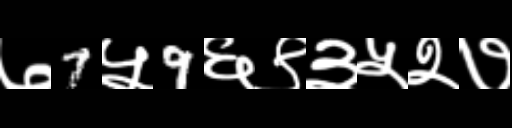
Text: ७7५9६९३५२७